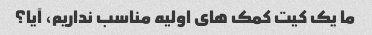
ما یک کیت کمک های اولیه مناسب نداریم، آیا؟